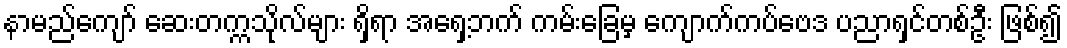
နာမည်ကျော် ဆေးတက္ကသိုလ်များ ရှိရာ အရှေ့ဘက် ကမ်းခြေမှ ကျောက်ကပ်ဗေဒ ပညာရှင်တစ်ဦး ဖြစ်၍